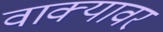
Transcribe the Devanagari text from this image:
वाक्यावर